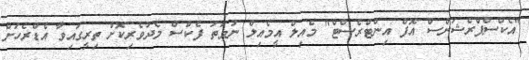
"އެކްސްޕްރެޝަންސް އޮފް އިންޓްރެސްޓް" މެއިލް އީމެއިލް ނުވަތަ ފެކްސް މެދުވެރިކޮށް ތިރީގައިވާ އެޑްރެހަށް